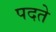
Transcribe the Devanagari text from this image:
पदते